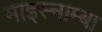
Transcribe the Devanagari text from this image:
माइस्नाम्बा